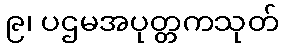
၉၊ ပဌမအပုတ္တကသုတ်